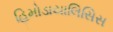
હિમોડાયાલિસિસ